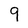
Character: 9